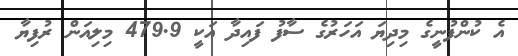
އެ ކުންފުނީގެ މިދިޔަ އަހަރުގެ ސާފު ފައިދާ އަކީ 479.9 މިލިއަން ރުފިޔާ